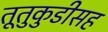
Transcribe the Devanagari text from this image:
तूतुकुडीसह